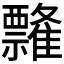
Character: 𰨘